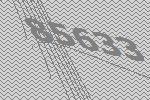
85633